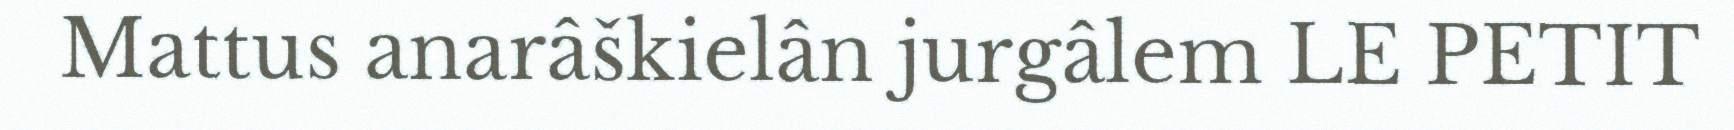
Mattus anarâškielân jurgâlem LE PETIT